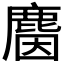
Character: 𪊦